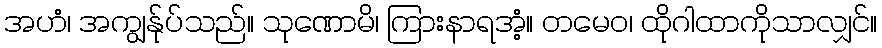
အဟံ၊ အကျွန်ုပ်သည်။ သုဏောမိ၊ ကြားနာရအံ့။ တမေဝ၊ ထိုဂါထာကိုသာလျှင်။